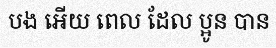
បង អើយ ពេល ដែល ប្អូន បាន